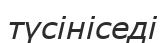
түсініседі